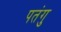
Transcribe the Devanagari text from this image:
पतंगु